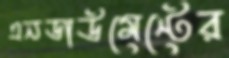
এনডাউমেন্টের